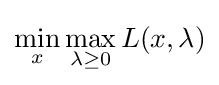
\min _{x}\max _{\lambda \geq 0}L(x,\lambda )